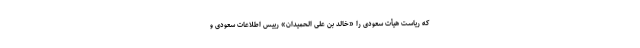
که ریاست هیأت سعودی را «خالد بن علی الحمیدان» رییس اطلاعات سعودی و